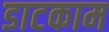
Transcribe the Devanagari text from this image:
डाटकाम